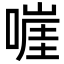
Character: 嘊